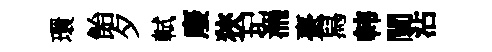
環飴夕軾廢狹玘湍臺舄韩闡沾